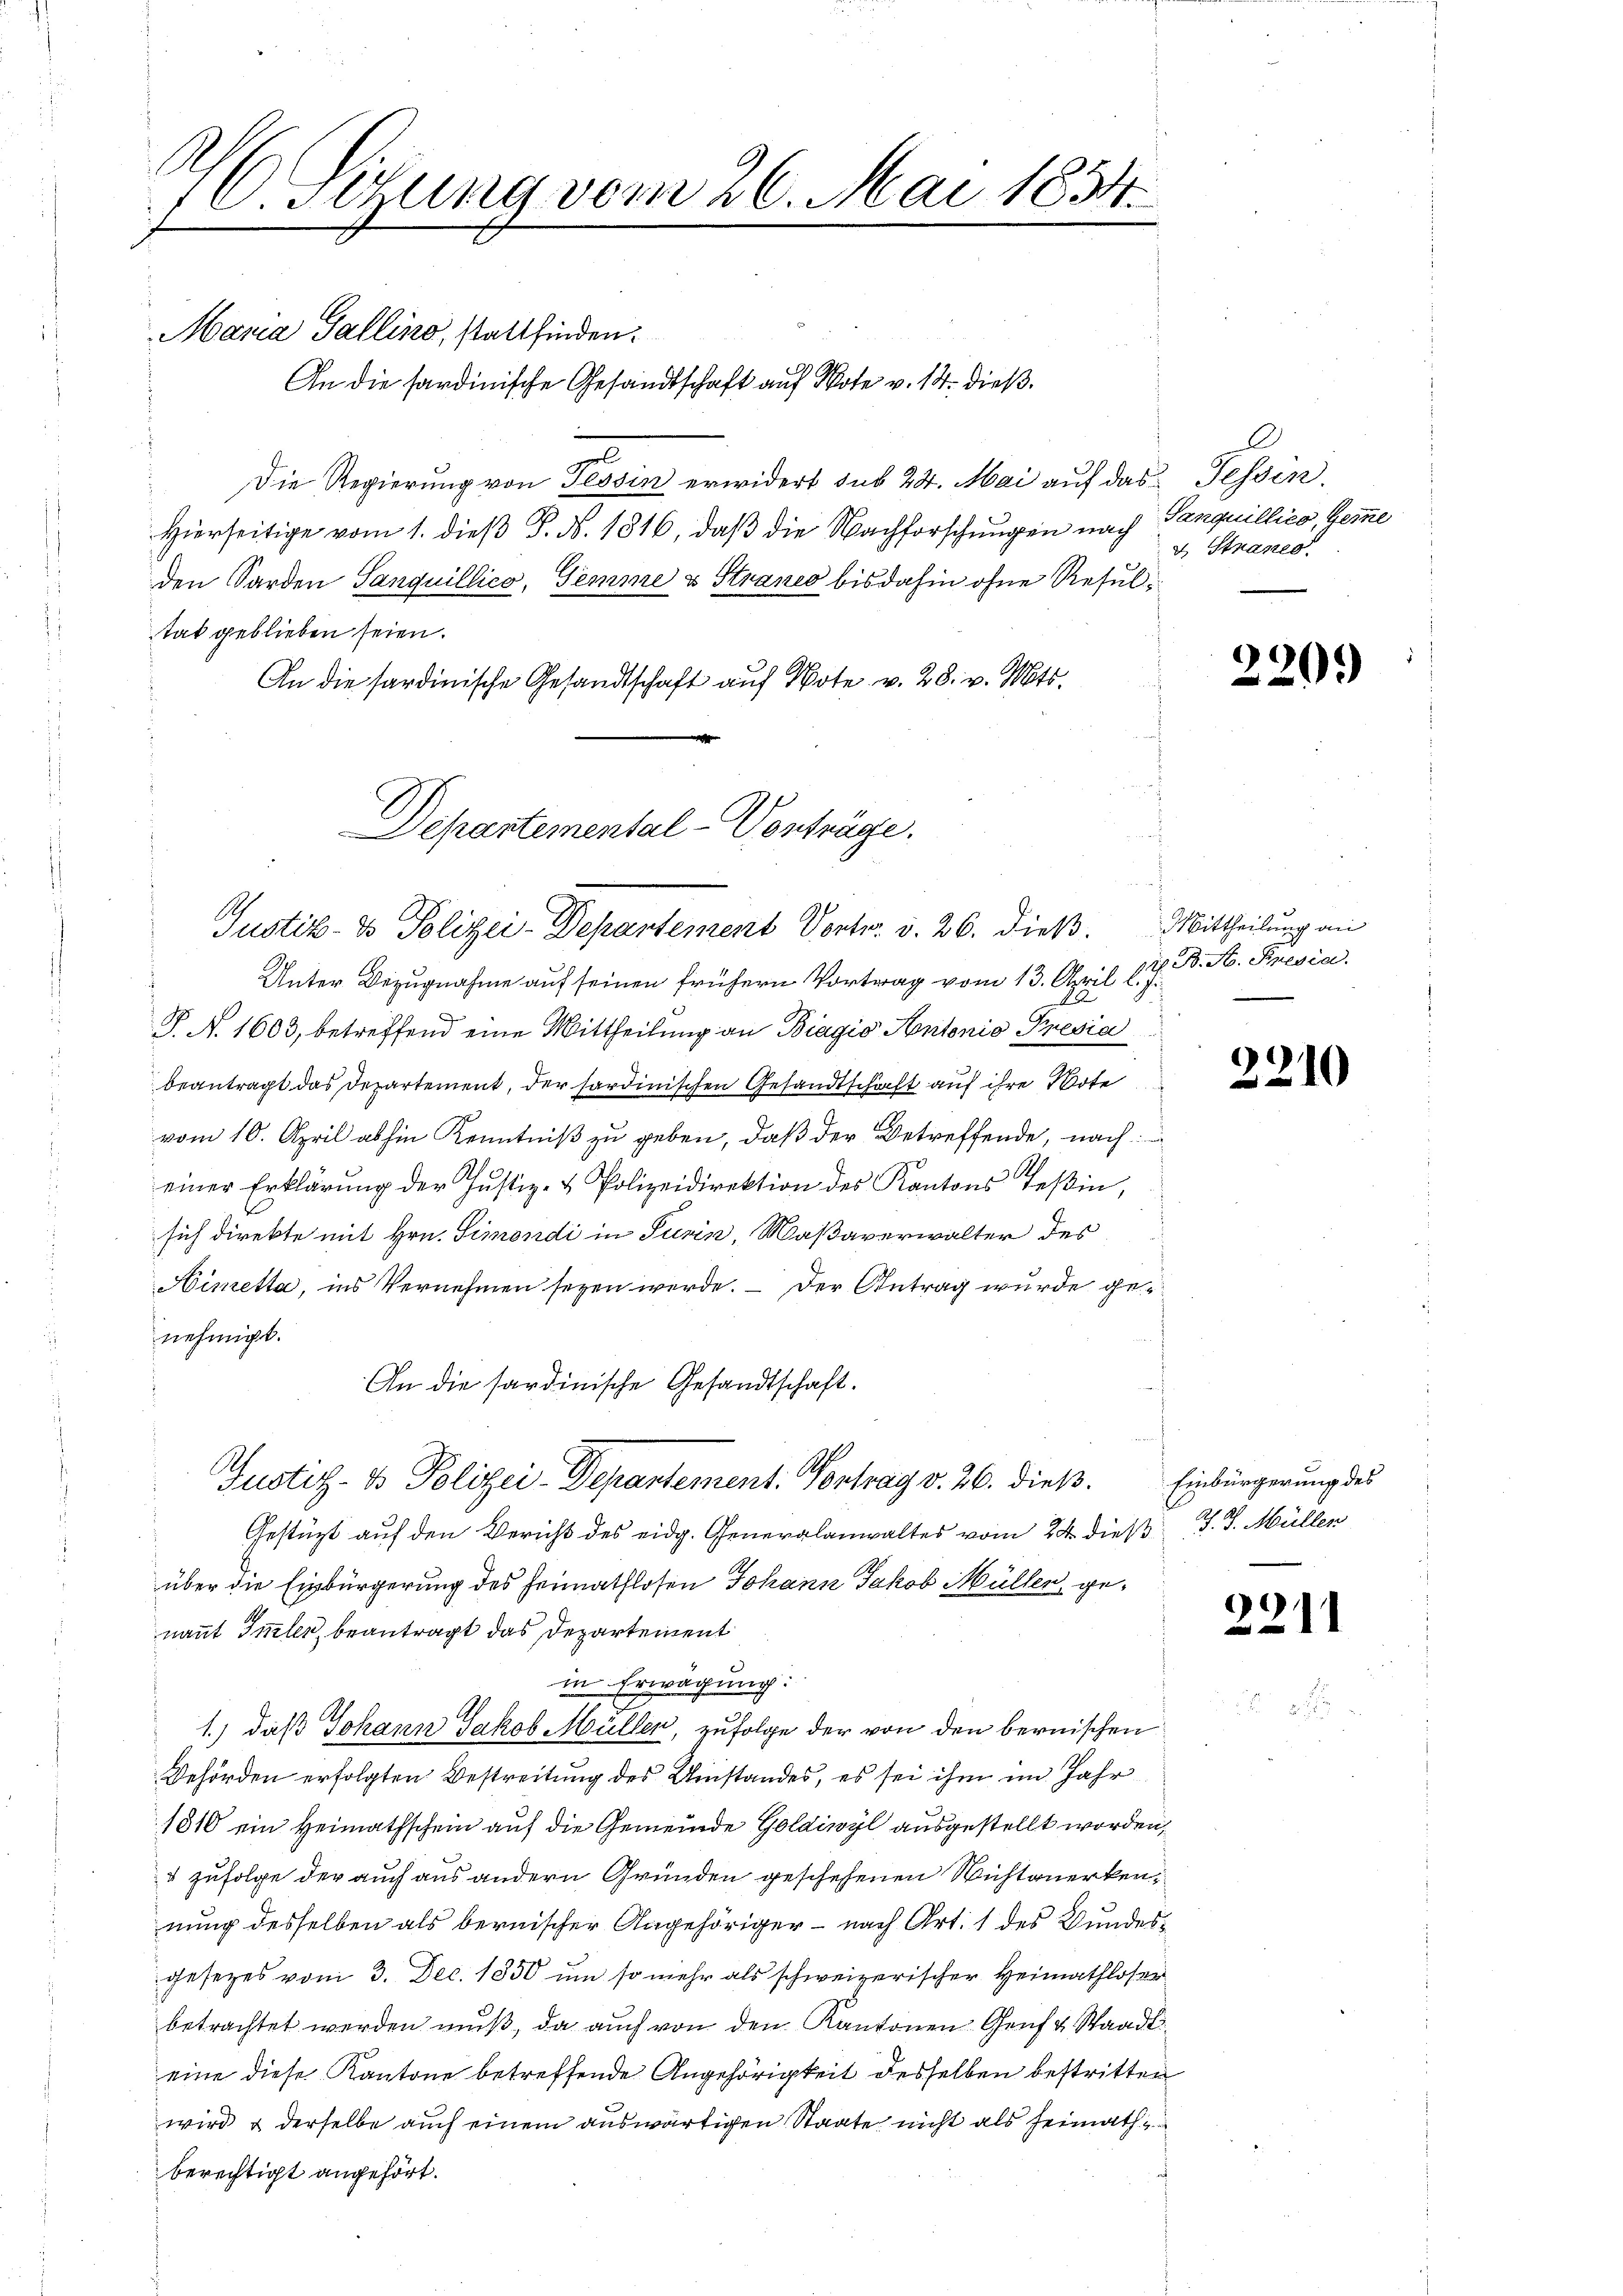
i
10. Sitzung vom 26. Mai 1854.
1

Mana Gallino, stattfinden.
An die sardinische Gesandtschaft auf Note v. 14. dieß¬
Die Regierung von Tessin erwidert sub 24. Mai auf das Tessin.
Hierseitige vom 1. dieß P. Nr. 1816, daβ die Nachforschungen nach
den Sarden Sanquillico, Gemme & Straneo bis dahin ohne Resultat geblieben seien.
An die sardinische Gesandtschaft auf Note v. 28. v. Mts.

Departemental-Vorträge.
Justiz- & Polizei-Departement Vertr. v. 26. dieß. Mittheilung an

Unter Bezugnahme auf seinen frühern Vortrag vom 13. April l. J.
N 22
P. N. 1603, betreffend eine Mittheilung an Biagio Antonio Presia
beantragt das Departement, der sardinischen Gesandtschäft auf ihre Bote
vom 10. April abhin Kenntniß zu geben, daß der Betreffende, nach
einer Erklärŭng der Justiz- & Polizeidirektion des Kantons Teßin,
sich direkte mit Hrn. Simondi in Turin, Maßaverwalter des
Himetta, ins Vernehmen seyen werde. — Der Antrag wurde genehmigt.
An die sardinische Gesandtschaft.
Gestüzt auf den Bericht des eidg. Generalanwaltes vom 24. dieß J. J. Müllen
über die Einbürgerung des Heimathlosen Johann Jakob Müller, genannt Imler, beantragt das Departement
in Erwägung:
1.) daß Johann Jakob Müller, zufolge der von den bernischen
Behörden erfolgten Bestreitung des Umstandes, es sei ihm im Jahr
1810 ein Heimathschein auf die Gemeinde Goldiwyl ausgestellt worden,
& Zufolge der auch aus andern Gründen geschehenen Wichtanerkennung desselben als bernischer Angehöriger - nach Art. 1 des Bundesgesetzes vom 3. Dec. 1850 um so mehr als schweizerischer Heimathloser
betrachtet werden muß, da auch von den Kantonen Genf u. Staadt
eine diese Kantone betreffende Angehörigkeit desselben bestritten
wird & derselbe auch einem auswärtigen Staate nicht als Heimath
berechtigt angehört.

Justiz- & Polizei-Departement. Vortrag v. 26. dieß. Einbürgerung des

2
Sanquillico, Geme
& Stranes.

i. B. A. Presia.

220.

2210

2211